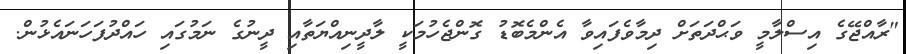
"ރާއްޖޭގެ އިސްލާމީ ވަޙްދަތަށް ދިމާވެފައިވާ އެންމެބޮޑު ގޮންޖެހުމަކީ ލާދީނިއްޔަތާއި ދީނުގެ ނަމުގައި ހައްދުފަހަނައެޅުން.